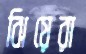
ঝিয়েরা